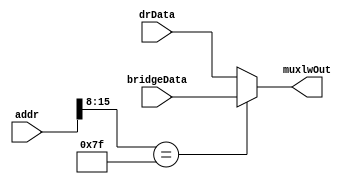
module muxlw(addr, drData, bridgeData, muxlwOut);
  input  [31:0] addr, drData, bridgeData;
  output [31:0] muxlwOut;
  
  assign muxlwOut = (addr[15:8] == 8'b0111_1111) ? bridgeData : drData; 
  
endmodule